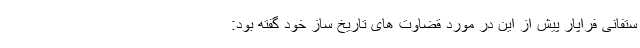
ستفانی فراپار پیش از این در مورد قضاوت های تاریخ ساز خود گفته بود: